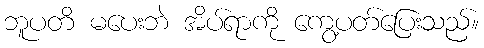
ဘူပတိ မပေးဘဲ အိပ်ရာကို ကွေ့ပတ်ပြေးသည်။